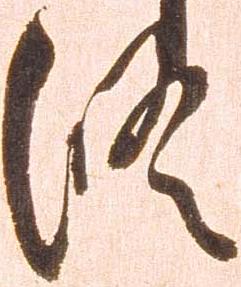
修